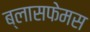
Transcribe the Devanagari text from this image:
ब्लासफेमस